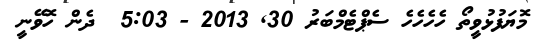
މޮޔަފުޅުވީތޯ ހެހެހެހެ ސެޕްޓެމްބަރު 30